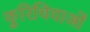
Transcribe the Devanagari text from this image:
कुरिचियाओं